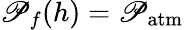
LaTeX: \mathscr{P}_{f}(h)=\mathscr{P}_{\mathrm{{atm}}}